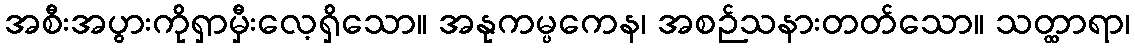
အစီးအပွားကိုရှာမှီးလေ့ရှိသော။ အနုကမ္ပကေန၊ အစဉ်သနားတတ်သော။ သတ္ထာရာ၊